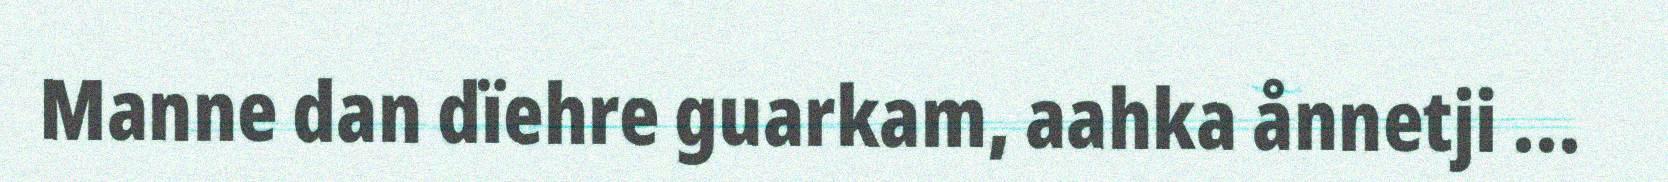
Manne dan dïehre guarkam, aahka ånnetji ...